Burma Government Medical School reports 1907-22
Year: 1907
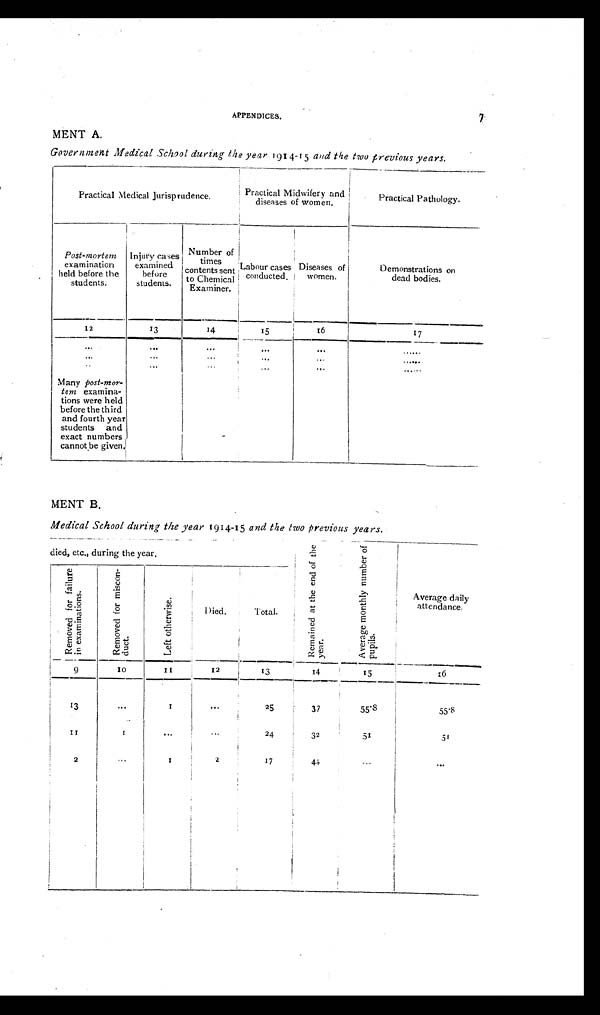
APPENDICES.
7
MENT A.
Government Medical School during the year 1914-15 and the two previous years.
Practical Medical Jurisprudence.
Practical Midwifery and
diseases of women.
Practical Pathology.
Post-mortem
examination
held before the
students.
Injury cases
examined
before
students.
Number of
times
contents sent
to Chemical
Examiner.
Labour cases
conducted.
Diseases of
women.
Demonstrations on
dead bodies.
12
13
14
15
16
17
...
...
...
...
...
......
...
...
...
...
...
......
...
...
...
...
...
......
Many post-mor-
tem examina-
tions were held
before the third
and fourth year
students and
exact numbers
cannot be given.
MENT B.
Medical School during the year 1914-15 and the two Previous years.
died, etc., during the year,
R e m a i n e d a t t h e e n d o f t h e y e a r .
A v e r a g e m o n t h l y n u m b e r o f p u p i l s .
Average
daily attendance.
R e m o v e d f o r f a i l u r e i n e x a m i n a t i o n s .
R e m o v e d f o r m i s c o n d u c t .
Lef t ot her wi se.
Died.
Total.
9
10
11
12
13
14
15
16
13
...
1
...
2 5
37
55.8
55.8
11
1
...
...
24
32
51
51
2
...
1
2
17
44
...
...